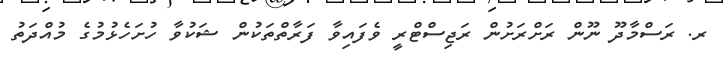
ރ. ރަސްމާދޫ ނޫން ރަށްރަށުން ރަޖިސްޓްރީ ވެފައިވާ ފަރާތްތަކުން ޝަކުވާ ހުށަހެޅުމުގެ މުއްދަތު